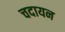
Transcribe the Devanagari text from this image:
चदायन